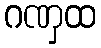
ဂဏှထ